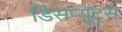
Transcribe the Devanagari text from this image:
डिसप्यूट्स